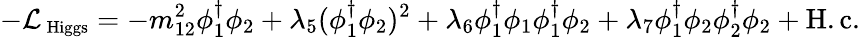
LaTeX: -{\cal L}_{\mathrm{\small~Higgs}}=-m_{12}^{2}\phi_{1}^{\dagger}\phi_{2}+\lambda_{5}(\phi_{1}^{\dagger}\phi_{2})^{2}+\lambda_{6}\phi_{1}^{\dagger}\phi_{1}\phi_{1}^{\dagger}\phi_{2}+\lambda_{7}\phi_{1}^{\dagger}\phi_{2}\phi_{2}^{\dagger}\phi_{2}+\mathrm{H.c.}